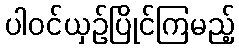
ပါဝင်ယှဉ်ပြိုင်ကြမည့်